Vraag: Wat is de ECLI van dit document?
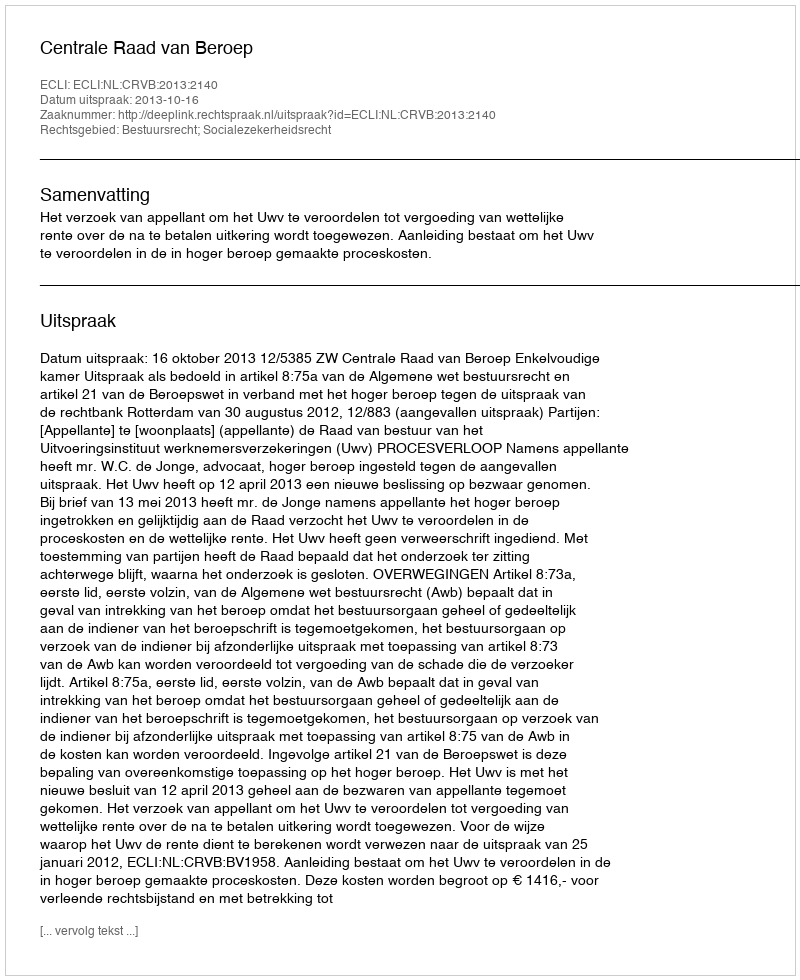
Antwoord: ECLI:NL:CRVB:2013:2140